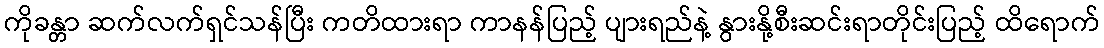
ကိုခန္တာ ဆက်လက်ရှင်သန်ပြီး ကတိထားရာ ကာနန်ပြည့် ပျားရည်နဲ့ နွားနို့စီးဆင်းရာတိုင်းပြည့် ထိရောက်